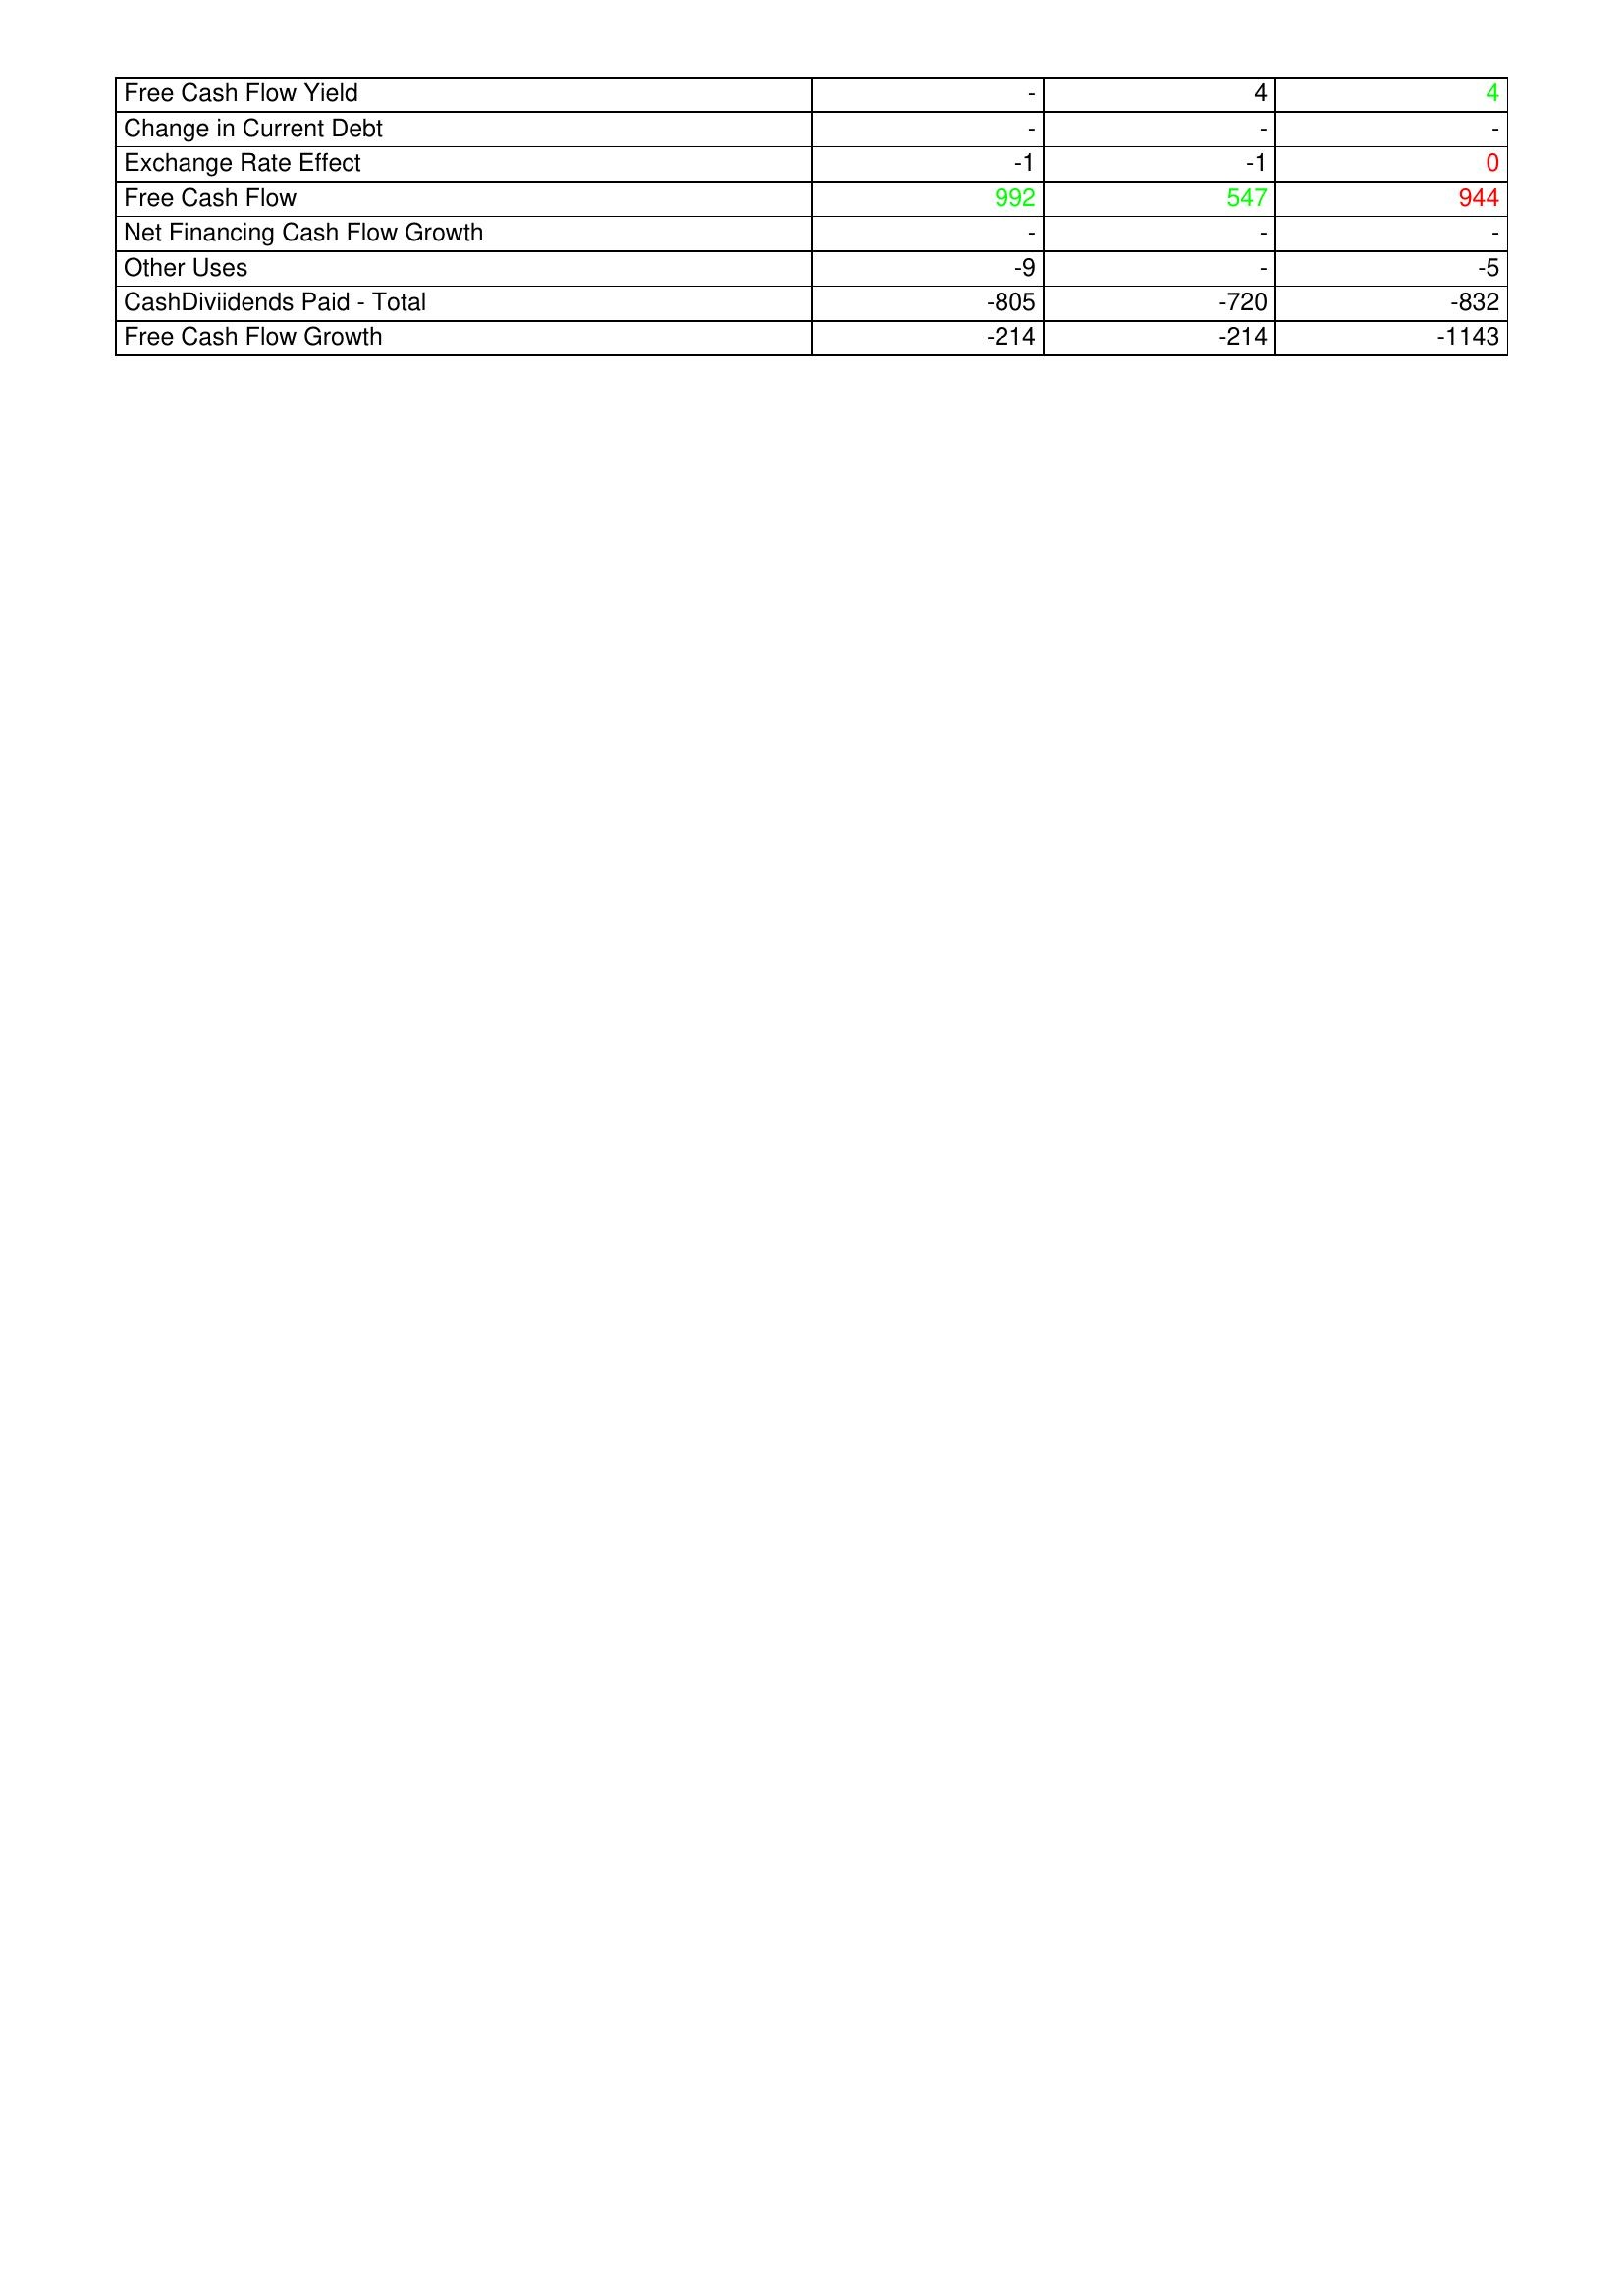
gt_parse: 2020: Financing Activities: Free Cash Flow Yield: -
Change in Current Debt: -
Exchange Rate Effect: -1
Free Cash Flow: 992
Net Financing Cash Flow Growth: -
Other Uses: -9
CashDiviidends Paid - Total: -805
Free Cash Flow Growth: -214
2019: Financing Activities: Free Cash Flow Yield: 4
Change in Current Debt: -
Exchange Rate Effect: -1
Free Cash Flow: 547
Net Financing Cash Flow Growth: -
Other Uses: -
CashDiviidends Paid - Total: -720
Free Cash Flow Growth: -214
2018: Financing Activities: Free Cash Flow Yield: 4
Change in Current Debt: -
Exchange Rate Effect: 0
Free Cash Flow: 944
Net Financing Cash Flow Growth: -
Other Uses: -5
CashDiviidends Paid - Total: -832
Free Cash Flow Growth: -1143